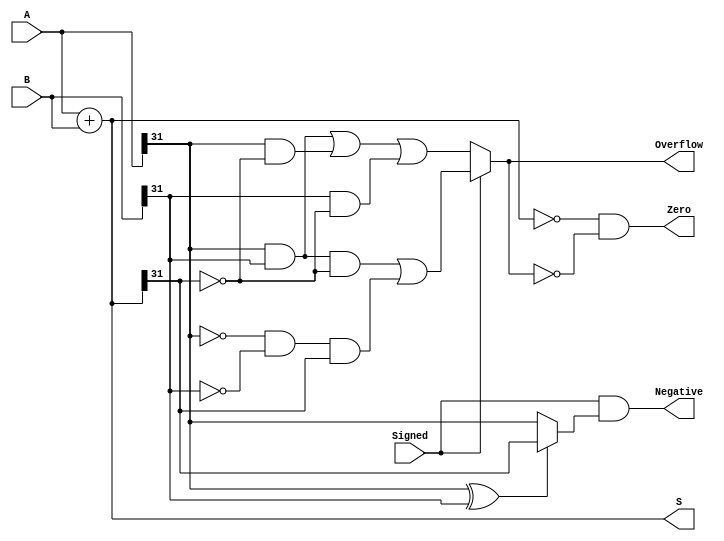
`timescale 1ns / 1ps
// 2013011076 Wang Han
// Add Operation Module
////////////////////////
////// Overflow happens when pos+pos=neg or neg+neg=pos in SIGNED situation, and
////// big(MSB = 1)+big or big+small=small or small+big=small in UNSIGNED situation.
////////////////////////
////// In UNSIGNED situation, Negative always equals to 0 .
////// In SIGNED situation, if neg+neg or pos+pos, Negative equals to the MSB of the inputs, 
////// otherwise, check the MSB of the output.

module ADD (input	[31:0]	A,
			input	[31:0]	B,
			input			Signed,
			output	[31:0]	S,
			output			Zero,
			output			Overflow,
			output			Negative);

	assign S = A + B;

	assign Zero = ((S == 0) & ~Overflow);

	assign Overflow = (Signed) ?
								((A[31] & B[31] & ~S[31]) | (~A[31] & ~B[31] & S[31])) : 
								((A[31] & B[31]) | (A[31] & ~S[31]) | (B[31] & ~S[31]));

	assign Negative = Signed & ((A[31] ^ B[31]) ? S[31] : A[31]);

endmodule